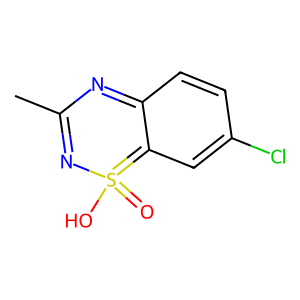
SMILES: CC1=NS(=O)(O)=c2cc(Cl)ccc2=N1
Inhibits HIV replication: No